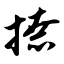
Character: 撩